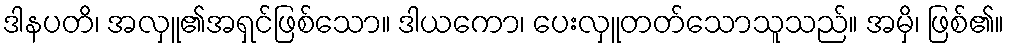
ဒါနပတိ၊ အလှူ၏အရှင်ဖြစ်သော။ ဒါယကော၊ ပေးလှူတတ်သောသူသည်။ အမှိ၊ ဖြစ်၏။